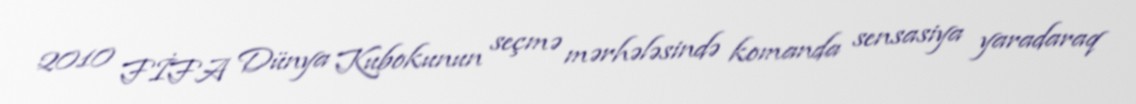
2010 FİFA Dünya Kubokunun seçmə mərhələsində komanda sensasiya yaradaraq